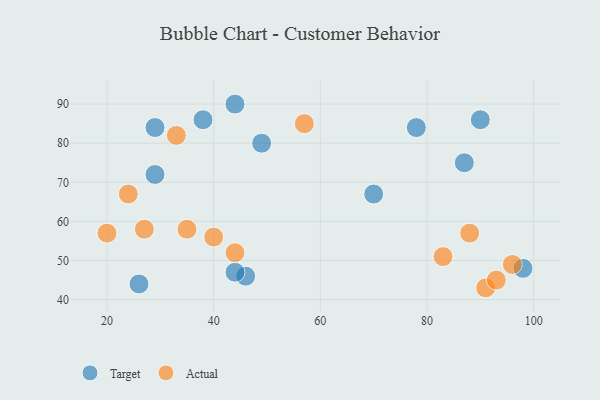
{"axis": {"x": "GDP", "y": "Life Expectancy"}, "legend": ["Actual", "Target"], "data": [{"x": "26", "y": 44, "type": "Target"}, {"x": "78", "y": 84, "type": "Target"}, {"x": "98", "y": 48, "type": "Target"}, {"x": "87", "y": 75, "type": "Target"}, {"x": "29", "y": 72, "type": "Target"}, {"x": "46", "y": 46, "type": "Target"}, {"x": "49", "y": 80, "type": "Target"}, {"x": "38", "y": 86, "type": "Target"}, {"x": "44", "y": 47, "type": "Target"}, {"x": "70", "y": 67, "type": "Target"}, {"x": "29", "y": 84, "type": "Target"}, {"x": "90", "y": 86, "type": "Target"}, {"x": "44", "y": 90, "type": "Target"}, {"x": "20", "y": 57, "type": "Actual"}, {"x": "57", "y": 85, "type": "Actual"}, {"x": "83", "y": 51, "type": "Actual"}, {"x": "33", "y": 82, "type": "Actual"}, {"x": "88", "y": 57, "type": "Actual"}, {"x": "35", "y": 58, "type": "Actual"}, {"x": "91", "y": 43, "type": "Actual"}, {"x": "40", "y": 56, "type": "Actual"}, {"x": "93", "y": 45, "type": "Actual"}, {"x": "24", "y": 67, "type": "Actual"}, {"x": "27", "y": 58, "type": "Actual"}, {"x": "44", "y": 52, "type": "Actual"}, {"x": "96", "y": 49, "type": "Actual"}]}